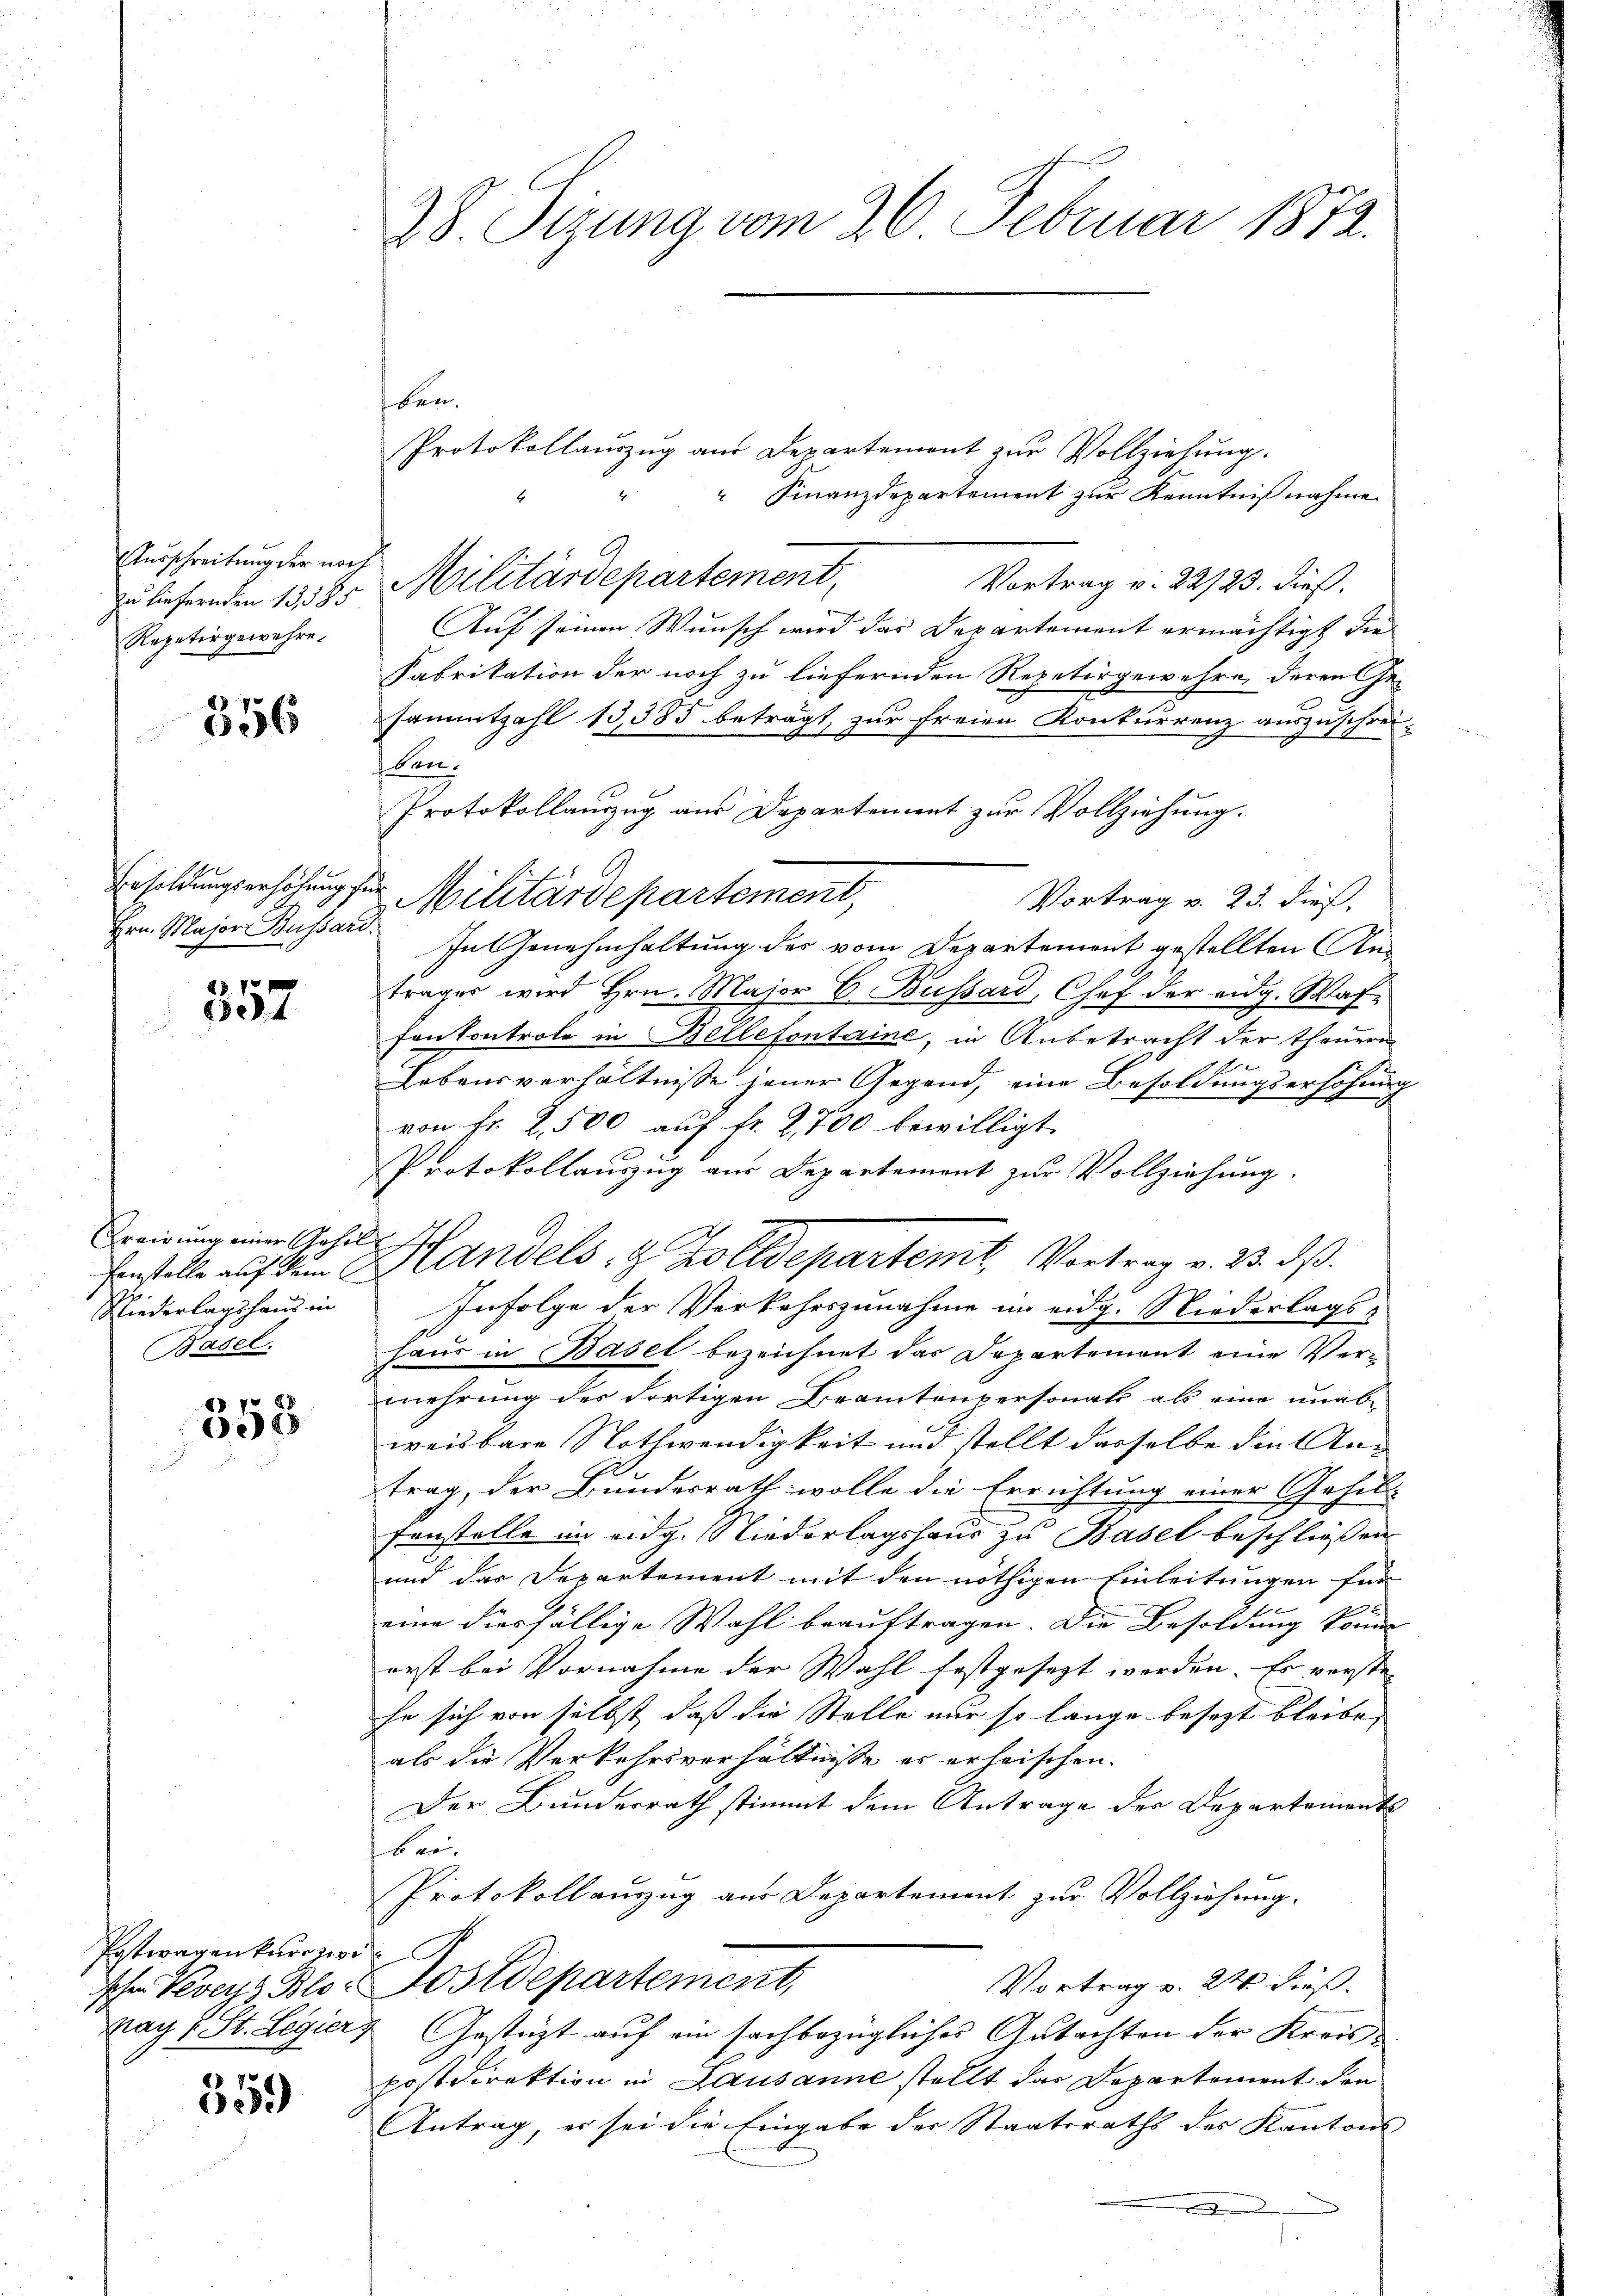
Ausschreitung der noch
zu liefernden 1585
Repetirgewehre.

356

357

Kreisung einer Gehil¬
Niederlagshaus in
Basel.

358

Pateragen kurzere

359

28. Sizung vom 26. Februar 1872.

ben.
Protokollauszug aus Departement zur Vollziehung.
 Finanzdepartement zur Kenntnißnahme
e
6
Militärdepartement,
Vortrag v. 22/23. dieß.
Auf seinen Wunsch wird das Departement ermächtigt die
Fabrikation der noch zu liefernden Repetirgewehre, deren Gesammtzahl 13,385 beträgt, zur freien Konkurrenz auszuschreikan.
Protokollanzug aus Departement zur Vollziehung.
Vortrag v. 23. dieß.
Hrn. Major Bussard. In Genehmhaltung der vom Departement gestellten Anfrages wird Hrn. Major C. Bussard, Chef der eidg. Waffon Controle in Bellefontaine, in Anbetracht der theuern
Lebensverhältnisse jener Gegend, eine Besoldungserhöhung
von Fr. 2,500 auf fr. 2,700 bewilligt.
Protokollauszug aus Departement zur Vollziehung.
Infolge der Verkehrszunahme im eidg. Niederlagshaus in Basel bezeichnet das Departement eine Vermehrung des Fortigen Beamtenversonals als eine unab-
weisbare Nothwendigkeit und stellt dasselbe die Antrag, der Bundesrath wolle die Errichtung einer Gehilt-
Fenstelle im eidg. Niederlagshaus zu Basel beschließen
und das Departement mit den nöthigen Einleitungen für
eine diesfällige Wahl beauftragen. Die Besoldung können
erst bei Vornahme der Wahl festgesezt werden. Es versten
he sich von selbst, daß die Stelle nur so lange besezt bleibe,
als die Verkehrsverhältnisse es erheischen.
Der Bunderrath stimmt dem Antrage der Departements
brau
Protokollauszug aus Departement zur Vollziehung.
Vortrag v. 24 dieß.
Icher Veveys Blo. Postdepartement,
Nach v. St. Legier & Gestät auf ein sachbezügliches Gutachten der Kreispostdirektion in Lausanne stellt das Departement den
Antrag, er sei die Eingabe der Staatsraths des Kantons
.

Besoldungserhöhung für Militärdepartement,

Fenstelle auf dem Handels- & Zolldepartemt, Vortrag v. 23. ds.